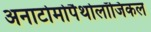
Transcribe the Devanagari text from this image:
अनाटोमोपैथोलॉजिकल